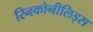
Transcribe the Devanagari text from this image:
रिनकोनीलिड्स